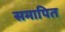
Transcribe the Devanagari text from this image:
समापित